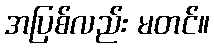
အပြစ်လည်း မတင်။